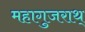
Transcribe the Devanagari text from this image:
महागुजराथ्